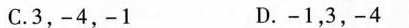
C.3,-4,-1 D.-1,3,-4